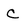
Character: C